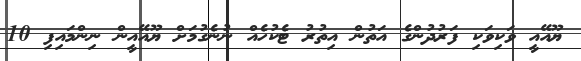
ޔޫއޭއީ ވަކިވަކި ފަރުދުންގެ އަތުން އިތުރު ޓެކުހެއް ނުނެގުމަށް ޔޫއޭއީން ނިންމައިފި 10